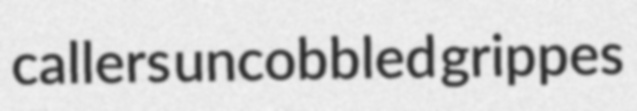
callers uncobbled grippes